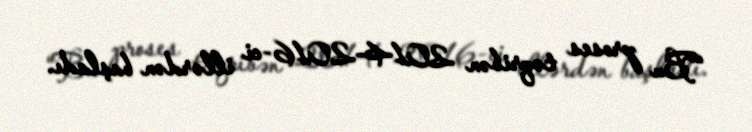
“Bu proses təqribən 2014-2016-ci illərdən başladı.